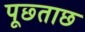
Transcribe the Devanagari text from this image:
पूछ्ताछ